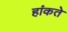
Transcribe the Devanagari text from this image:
हांकते